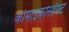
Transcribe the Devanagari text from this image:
कोमाइक्रोसॉफ्ट